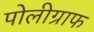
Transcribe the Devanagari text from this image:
पोलीग्राफ